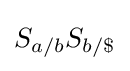
S_{a/b}S_{b/\$}